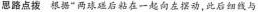
思路点拨 根据“两球碰后粘在一起向左摆动，此后细线与